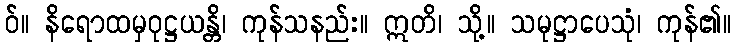
ဝ်။ နိရောထမှဝုဋ္ဌယန္တိ၊ ကုန်သနည်း။ ဣတိ၊ သို့။ သမုဋ္ဌာပေသုံ၊ ကုန်၏။